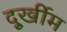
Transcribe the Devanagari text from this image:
दुूर्खीम